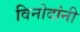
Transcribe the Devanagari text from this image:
विनोदांनी